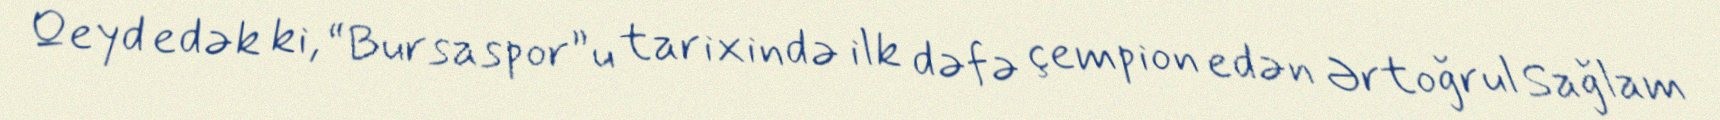
Qeyd edək ki, “Bursaspor”u tarixində ilk dəfə çempion edən Ərtoğrul Sağlam